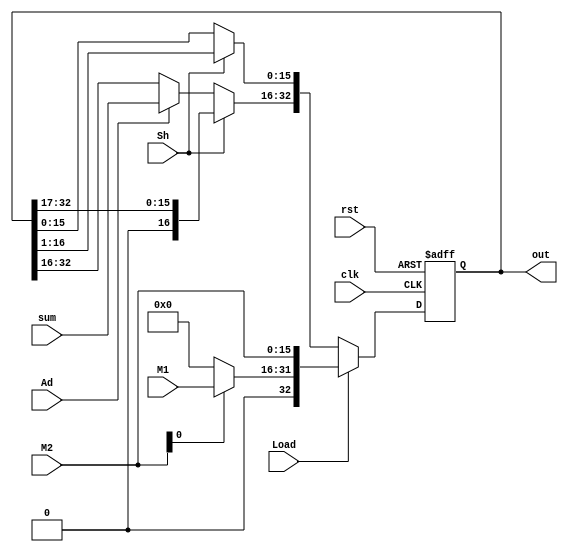
module ACC (
	output reg [32:0] out,
	input [16:0] sum,
	input [15:0] M2,
	input [15:0] M1,
	input Load, Sh, Ad, clk, rst
);

always @ (posedge clk or posedge rst) begin
	if (rst) out = 0;
	else if (Load) begin
		out = { M2[0] ? M1 : 0, M2 };
	end
	else if (Sh) out = { 1'b0, out[32:1]};
	else if (Ad) out[32:16] = sum;
end
endmodule